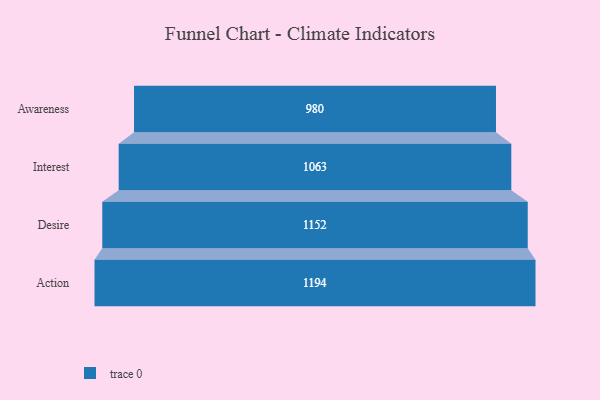
{"axis": {"x": "Stage", "y": "Value"}, "legend": [""], "data": [{"x": "Awareness", "y": 980.0, "type": ""}, {"x": "Interest", "y": 1063.0, "type": ""}, {"x": "Desire", "y": 1152.0, "type": ""}, {"x": "Action", "y": 1194.0, "type": ""}]}